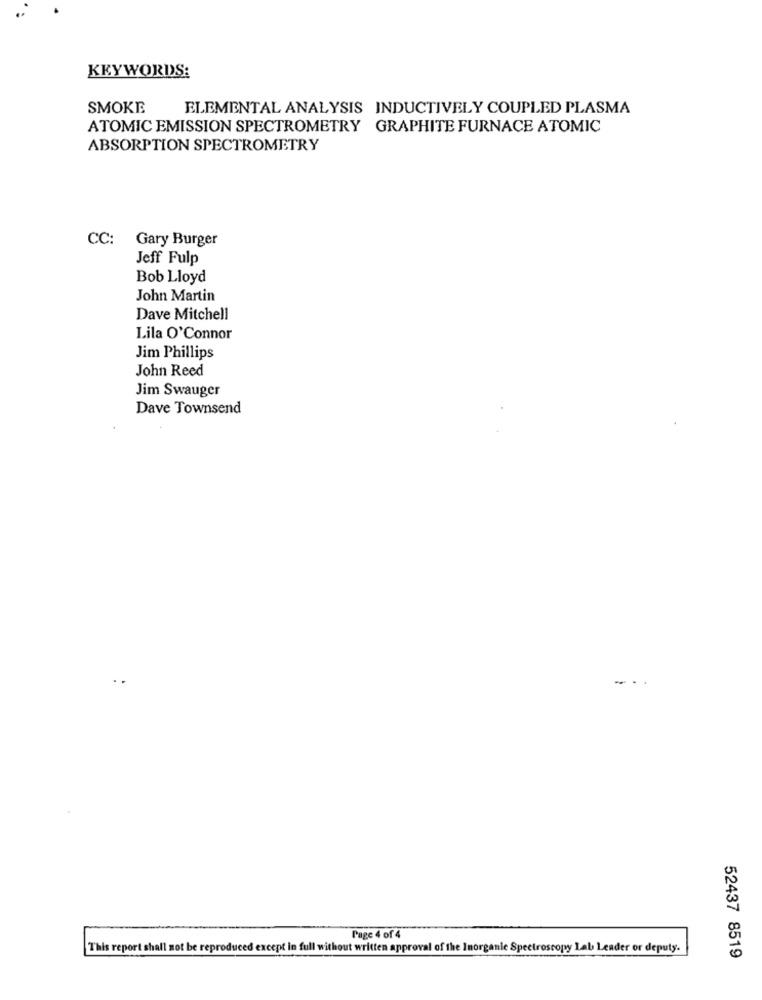
KEYWORDS:
SMOKE
ELEMENTAL ANALYSIS INDUCTIVELY COUPLED PLASMA
ATOMIC EMISSION SPECTROMETRY
GRAPHITE FURNACE ATOMIC
ABSORPTION SPECTROMETRY
CC: Gary Burger
Jeff Fulp
Bob Lloyd
John Martin
Dave Mitchell
Lila O'Connor
Jim Phillips
John Reed
Jim Swauger
Dave Townsend
-.
Page 4 of 4
This report shall not be reproduced except in full without written approval of the Inorganic Spectroscopy Lab Leader or deputy.
52437 8519